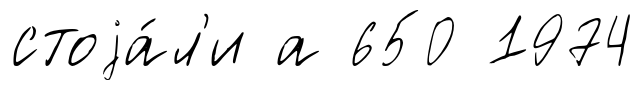
стоjа́л'и а 650 1974